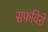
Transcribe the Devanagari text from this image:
सफविरों